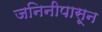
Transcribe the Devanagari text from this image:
जनिनीपासून